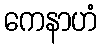
ကေနာဟံ